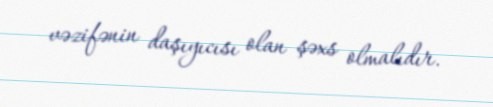
vəzifənin daşıyıcısı olan şəxs olmalıdır.